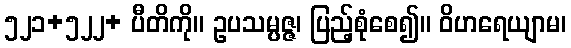
၅၂၁+၅၂၂+ ပီတိကို။ ဥပသမ္ပဇ္ဇ၊ ပြည့်စုံစေ၍။ ဝိဟရေယျာမ၊